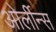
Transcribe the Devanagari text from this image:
ओर्लीन्स